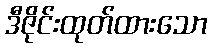
ဒီဇိုင်းထုတ်ထားသော